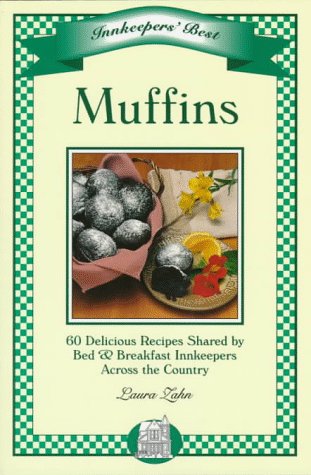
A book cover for Muffins: 60 Delicious Recipes Shared by Bed & Breakfast Innkeppers Across the Country; Laura Zahn; Travel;